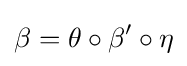
\beta =\theta \circ \beta '\circ \eta